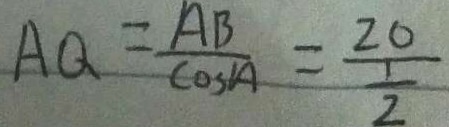
A Q = \frac { A B } { \cos A } = \frac { 2 0 } { \frac { 1 } { 2 } }